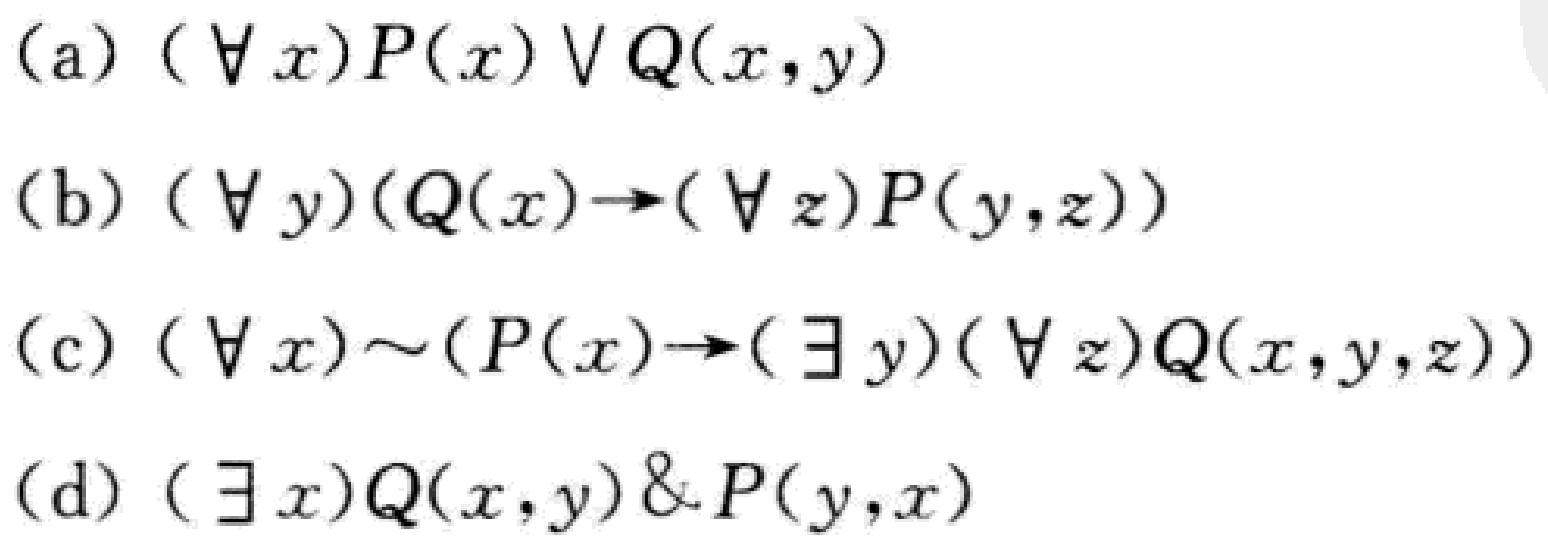
(a) $(\forall x)P(x)\vee Q(x,y)$

(b) $(\forall y)(Q(x)\to(\forall z)P(y,z))$

(c) $(\forall x)\sim(P(x)\to(\exists y)(\forall z)Q(x,y,z))$

(d) $(\exists x)Q(x,y)\&P(y,x)$